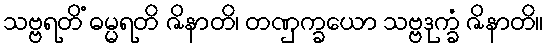
သဗ္ဗရတိံ ဓမ္မရတိ ဇိနာတိ၊ တဏှက္ခယော သဗ္ဗဒုက္ခံ ဇိနာတိ။